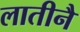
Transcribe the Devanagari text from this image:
लातीनै